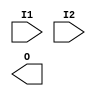
`timescale 1ns / 1ps
//////////////////////////////////////////////////////////////////////////////////
// Company: 
// Engineer: 
// 
// Design Name: 
// Module Name:    Top_Module 
// Project Name: 
// Target Devices: 
// Tool versions: 
// Description: 
//
// Dependencies: 
//
// Revision: 
// Revision 0.01 - File Created
// Additional Comments: 
//
//////////////////////////////////////////////////////////////////////////////////
module Top_Module(
input I1,I2,
output O
    );





endmodule